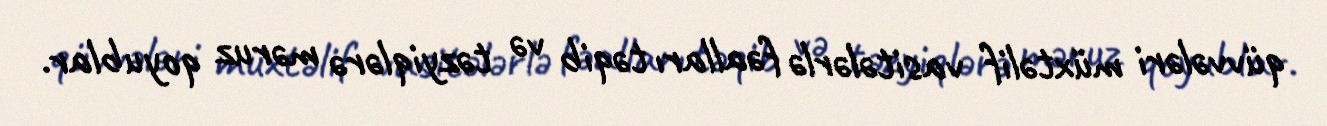
qüvvələri müxtəlif vasitələrlə fəalları təqib və təzyiqlərə məruz qoyublar.